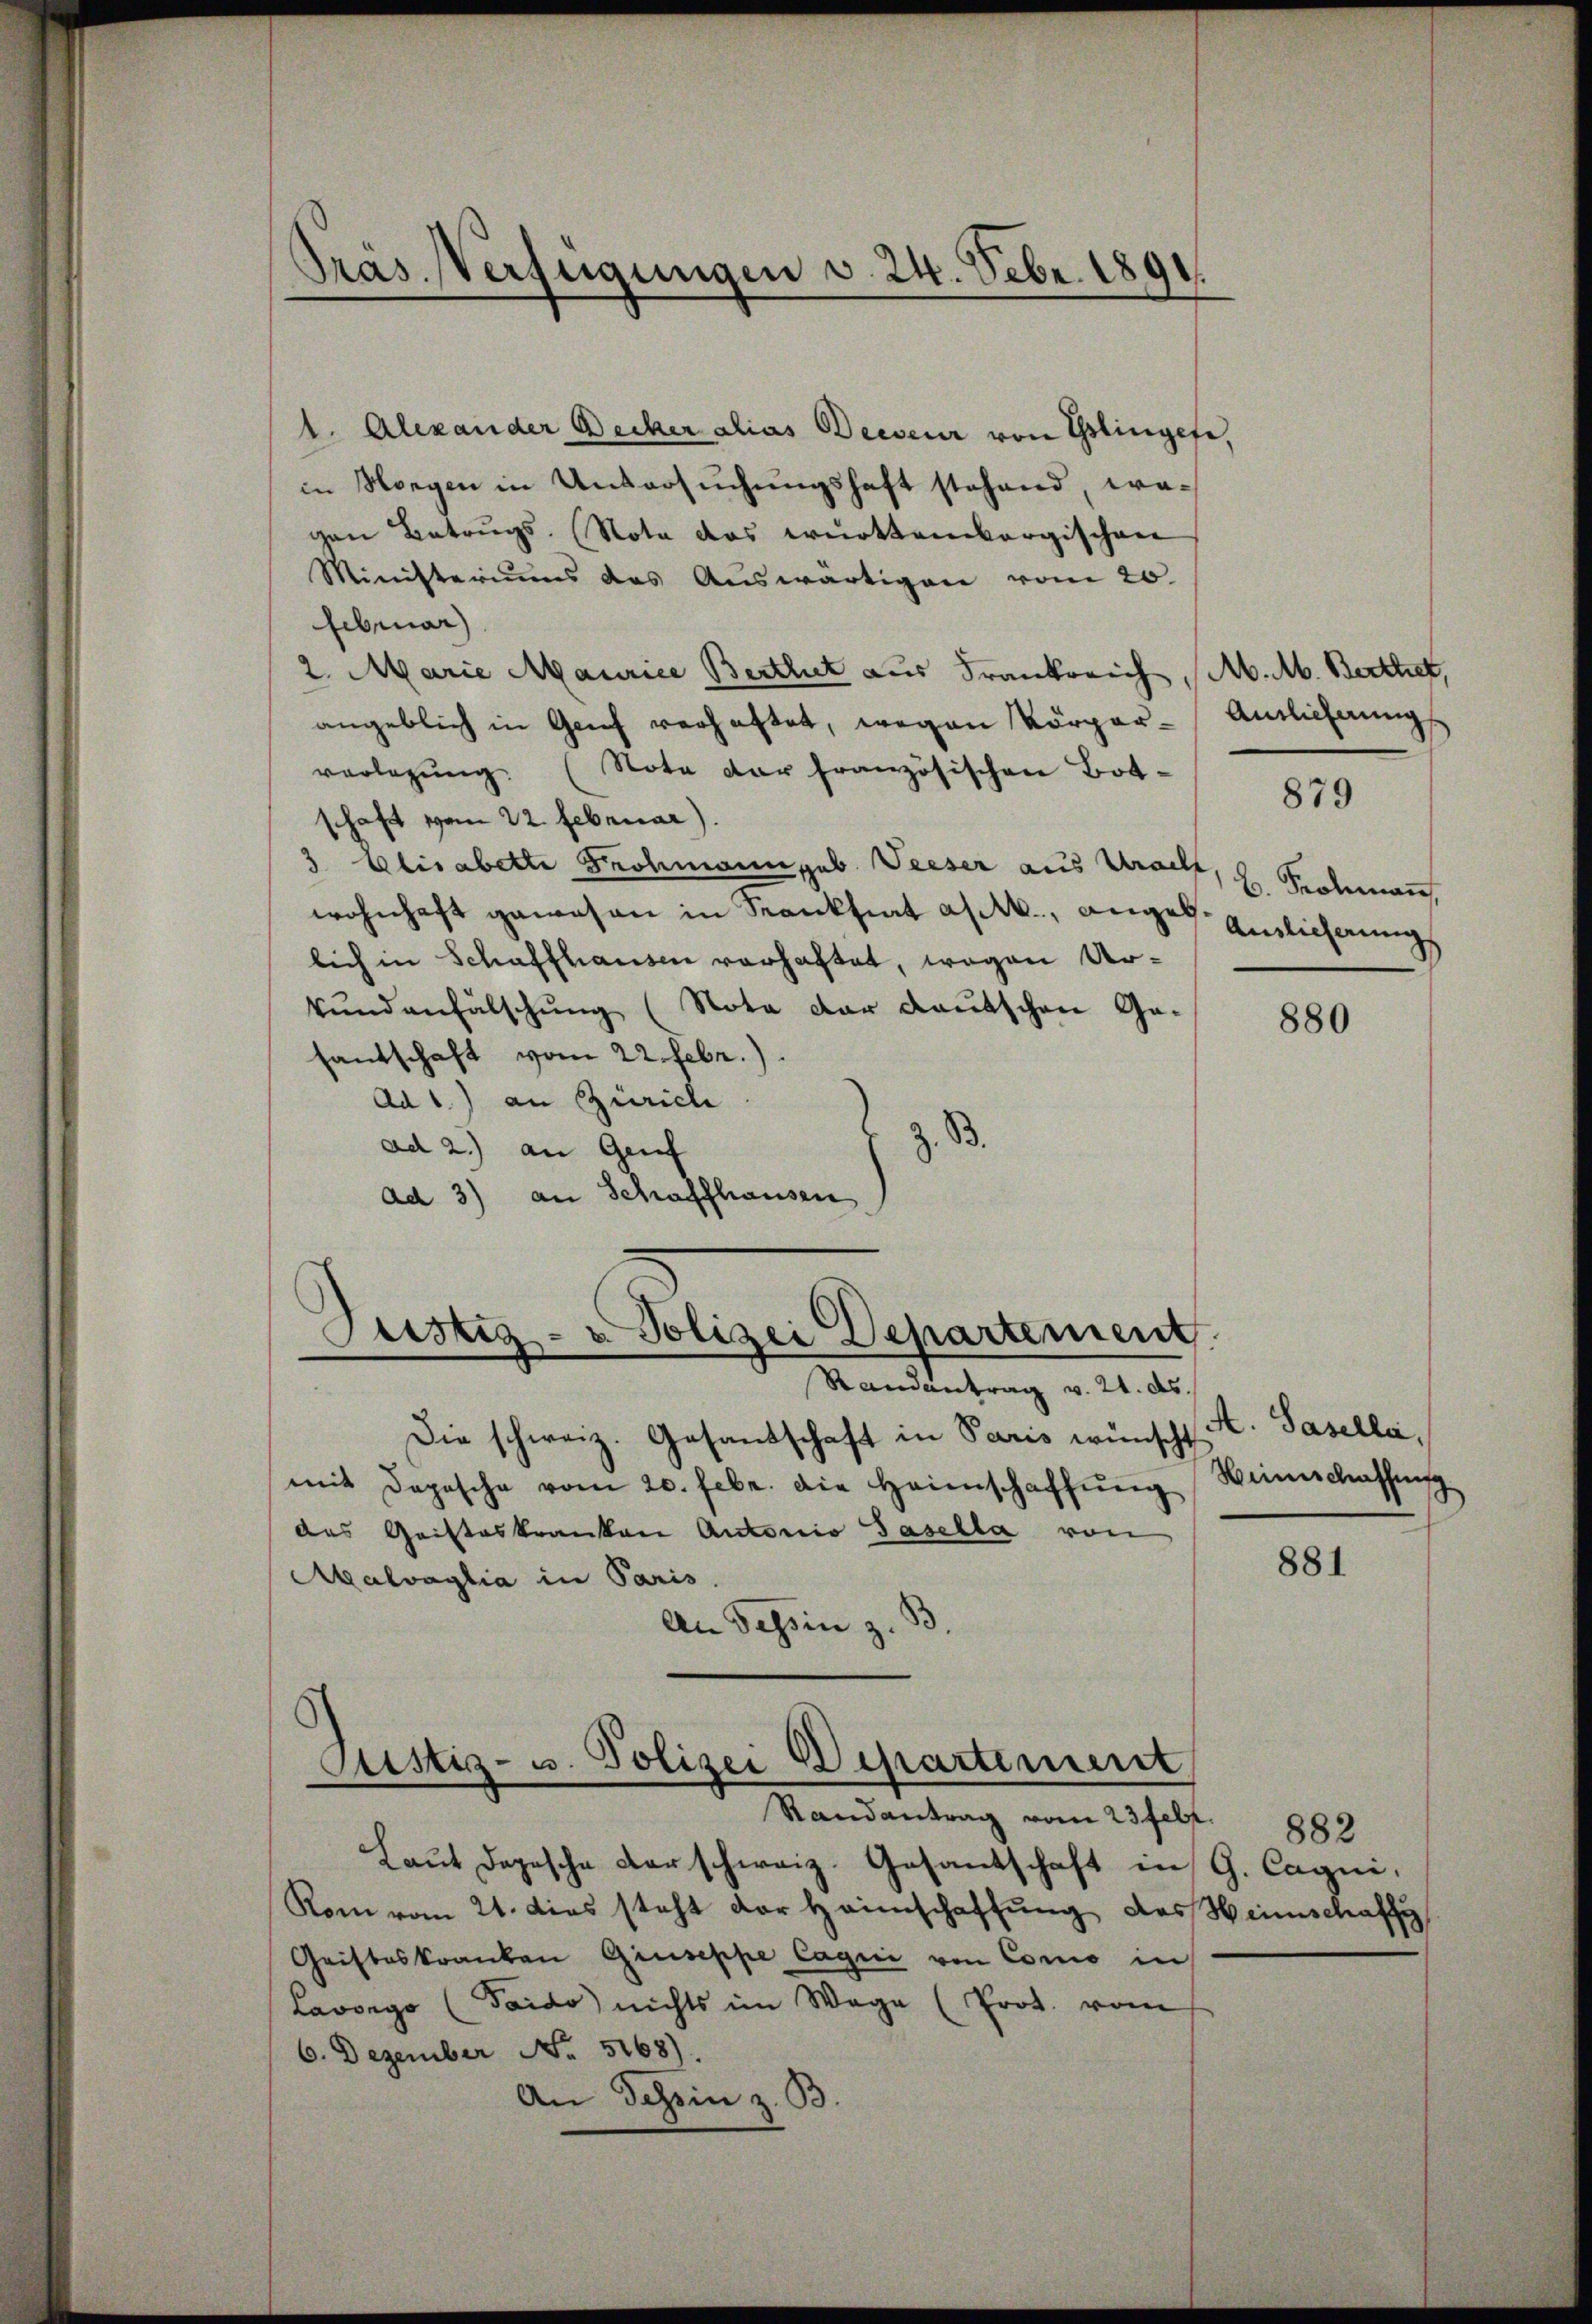
Präs. Verfügungen v. 24. Febr. 1891.

1. Alexander Becker alias Decseur von Gslingefe,
in Sorgen in Untersuchungshaft stehend, wegaen Betrugs Nota das württembergischen
Ministeriums das Auswärtigen vom 20.
Februar
2. Marie Maurice Berthut aus Frankreich M. M. Berthet,
angeblich in Genf verhaftet, wegen Körpervorlegŭng. (Nota der französischen Botschaft vom 22. Februar).
 Elisabette Frohmann sub Veeser aus Urach, Hr. Kolmann,
wohnhaft gewesen in Sanktiat a/M., angel. Endlicherungs
lich in Schaffhausen vorhaftet, wegen Urkundanfälschung (Nota der Kautschen Gesantschaft vom 22. Febr.).
Ad 1) an Zürich
z. B.
ad 2.) an Genf
Ad 3) an Schaffhausen

Justiz- u. Polizei Departement
Randantrag v. 21. ds.

Die schweiz. Gesandschaft in Paris wünscht
mit Depesche vom 20. Febr. die Heimschaffŭng Weinschaffŭng
des Gristeskranken Antonio Basella von
Aalvaglia in Paris,
An Tessin z. B

Justiz- u. Polizei Departement
Randantrag vom 23 febr. 882

Laŭt Depesche darschweiz. Gesandschaft in G. Cagni¬
Rom vom 21. dies steht der Heimschaffung des Heimschaff
Christeskranken Giuseppe Cagii von Como in
Lavorgo (Taido nichts im Wege (Prot. vom
6. Dezember No. 5168).
An Tessin z. B.

Antlicherung

879

880

A. Hasella.

881